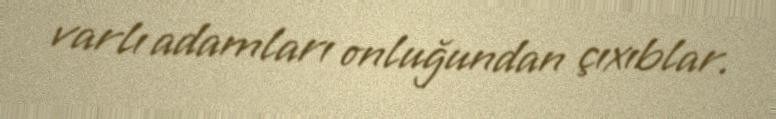
varlı adamları onluğundan çıxıblar.